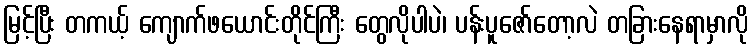
မြင့်ပြီး တကယ့် ကျောက်ဖယောင်းတိုင်ကြီး တွေလိုပါပဲ၊ ပန်းပူဇော်တော့လဲ တခြားနေရာမှာလို